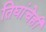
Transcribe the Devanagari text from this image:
तिघांचेही